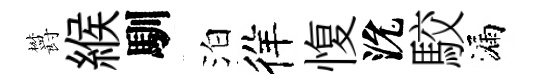
欝緱馴泊徉愎沇駮漏